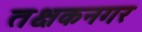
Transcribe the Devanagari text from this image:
तक्षकनगर